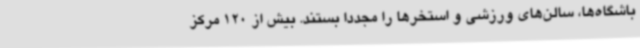
باشگاه‌ها، سالن‌های ورزشی و استخرها را مجددا بستند. بیش از 120 مرکز